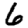
Digit: 6